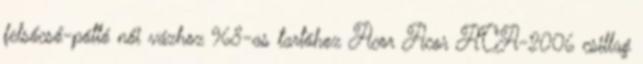
felsőcső-pótló női vázhoz 968-as tartóhoz Acor Acor ACA-2006 csillag